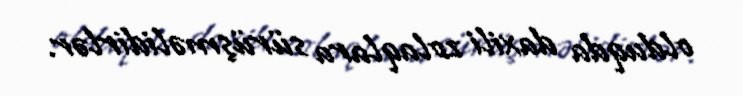
olduqda daxili zolaqlara sürüşməlidirlər.